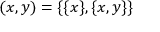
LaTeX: ( x , y ) = \{ \{ x \} , \{ x , y \} \}